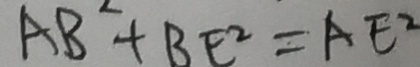
A B + B E ^ { 2 } = A E ^ { 2 }